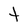
Character: t